Madras plague regulations and rules - Volume 1
Disease focus: Plague
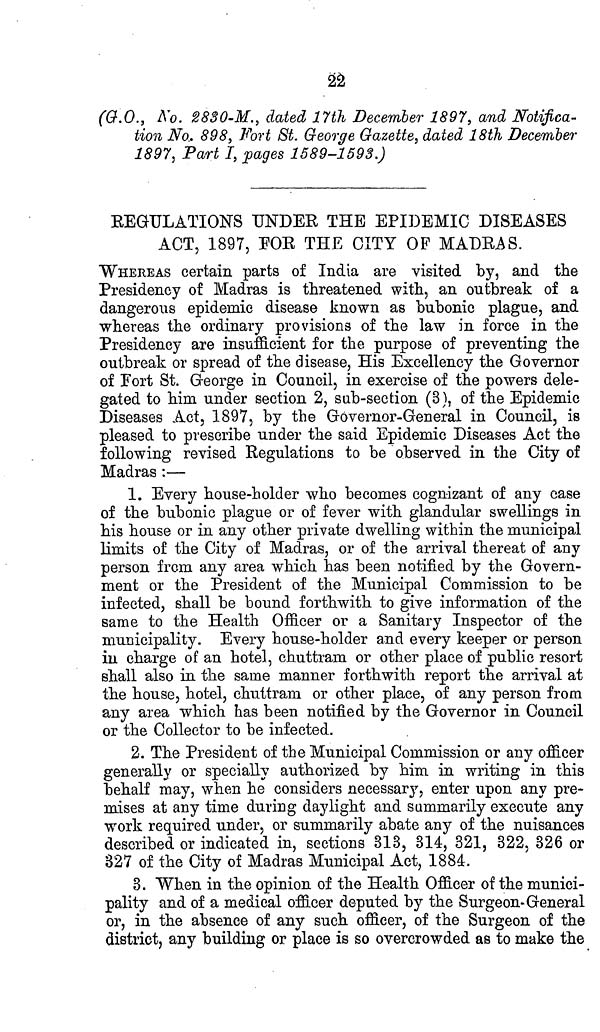
22
(G.O., No. 2830-M., dated 17th December 1897, and Notifica-
tion No. 898, Fort St. George Gazette, dated 18th December
1897, Part I, pages 1589-1593.)
REGULATIONS UNDER THE EPIDEMIC DISEASES
ACT, 1897, FOR THE CITY OP MADRAS.
WHEREAS certain parts of India are visited by, and the
Presidency of Madras is threatened with, an outbreak of a
dangerous epidemic disease known as bubonic plague, and
whereas the ordinary provisions of the law in force in the
Presidency are insufficient for the purpose of preventing the
outbreak or spread of the disease, His Excellency the Governor
of Fort St. George in Council, in exercise of the powers dele-
gated to him under section 2, sub-section (3), of the Epidemic
Diseases Act, 1897, by the Governor-General in Council, is
pleased to prescribe under the said Epidemic Diseases Act the
following revised Regulations to be observed in the City of
Madras :—
1. Every house-holder who becomes cognizant of any case
of the bubonic plague or of fever with glandular swellings in
his house or in any other private dwelling within the municipal
limits of the City of Madras, or of the arrival thereat of any
person from any area which has been notified by the Govern-
ment or the President of the Municipal Commission to be
infected, shall be bound forthwith to give information of the
same to the Health Officer or a Sanitary Inspector of the
municipality. Every house-holder and every keeper or person
in charge of an hotel, chuttram or other place of public resort
shall also in the same manner forthwith report the arrival at
the house, hotel, chuttram or other place, of any person from
any area which has been notified by the Governor in Council
or the Collector to be infected.
2. The President of the Municipal Commission or any officer
generally or specially authorized by him in writing in this
behalf may, when he considers necessary, enter upon any pre-
mises at any time during daylight and summarily execute any
work required under, or summarily abate any of the nuisances
described or indicated in, sections 313, 314, 321, 322, 326 or
327 of the City of Madras Municipal Act, 1884.
3. When in the opinion of the Health Officer of the munici-
pality and of a medical officer deputed by the Surgeon-General
or, in the absence of any such officer, of the Surgeon of the
district, any building or place is so overcrowded as to make the